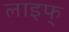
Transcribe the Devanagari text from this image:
लाइफ्